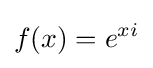
f(x)=e^{xi}